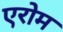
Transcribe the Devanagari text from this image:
एरोम